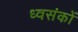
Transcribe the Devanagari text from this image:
ध्वसंकों